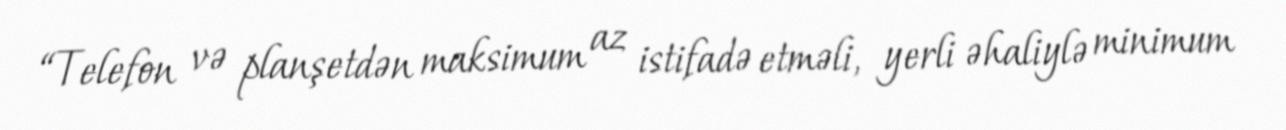
“Telefon və planşetdən maksimum az istifadə etməli, yerli əhaliylə minimum